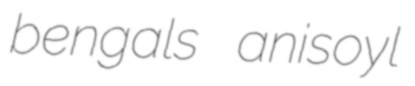
bengals anisoyl